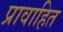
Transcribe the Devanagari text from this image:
प्रावाहित